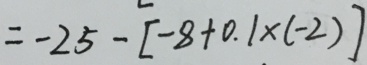
= - 2 5 - [ - 8 + 0 . 1 \times ( - 2 ) ]